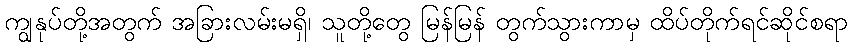
ကျွနုပ်တို့အတွက် အခြားလမ်းမရှိ၊ သူတို့တွေ မြန်မြန် တွက်သွားကာမှ ထိပ်တိုက်ရင်ဆိုင်စရာ